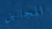
المجانين